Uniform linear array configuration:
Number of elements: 64
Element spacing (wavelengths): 0.5
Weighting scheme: binomial
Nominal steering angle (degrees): -15
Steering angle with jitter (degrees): -13.86
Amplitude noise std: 0.05
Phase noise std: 0.05

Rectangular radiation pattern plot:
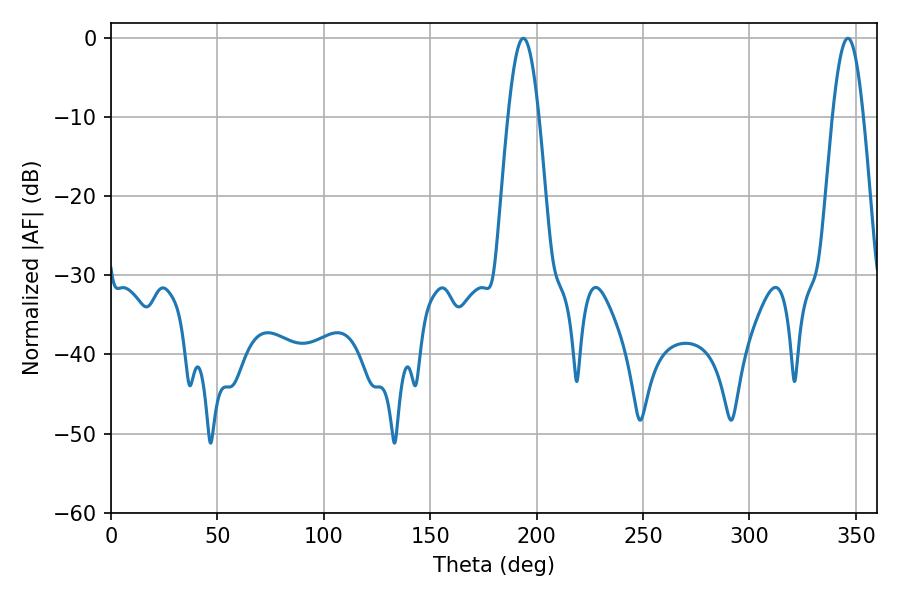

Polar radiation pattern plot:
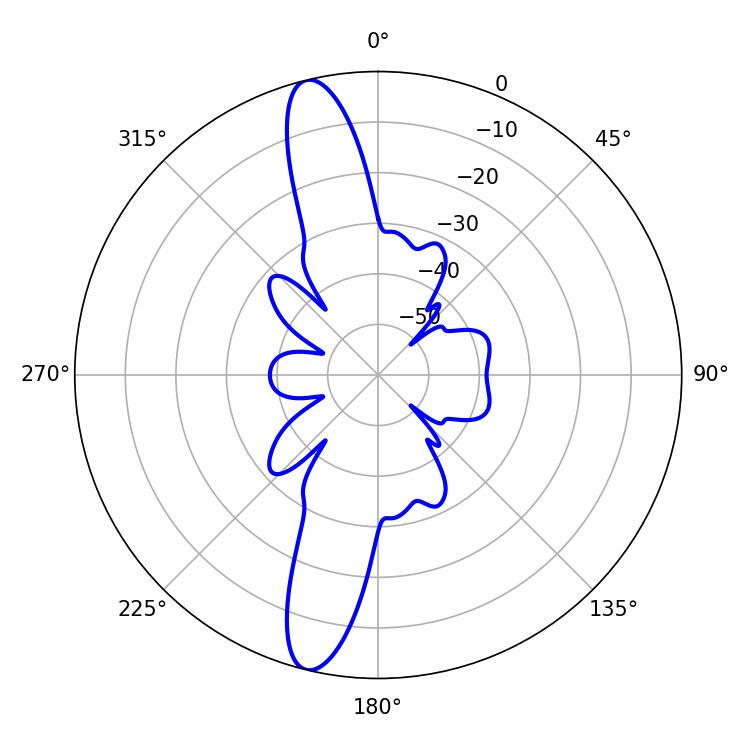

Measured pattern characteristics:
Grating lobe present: FALSE
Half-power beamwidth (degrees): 7.74
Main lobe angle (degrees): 193.68